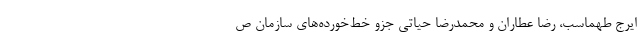
ایرج طهماسب، رضا عطاران و محمدرضا حیاتی جزو خط‌خورده‌های سازمان ص